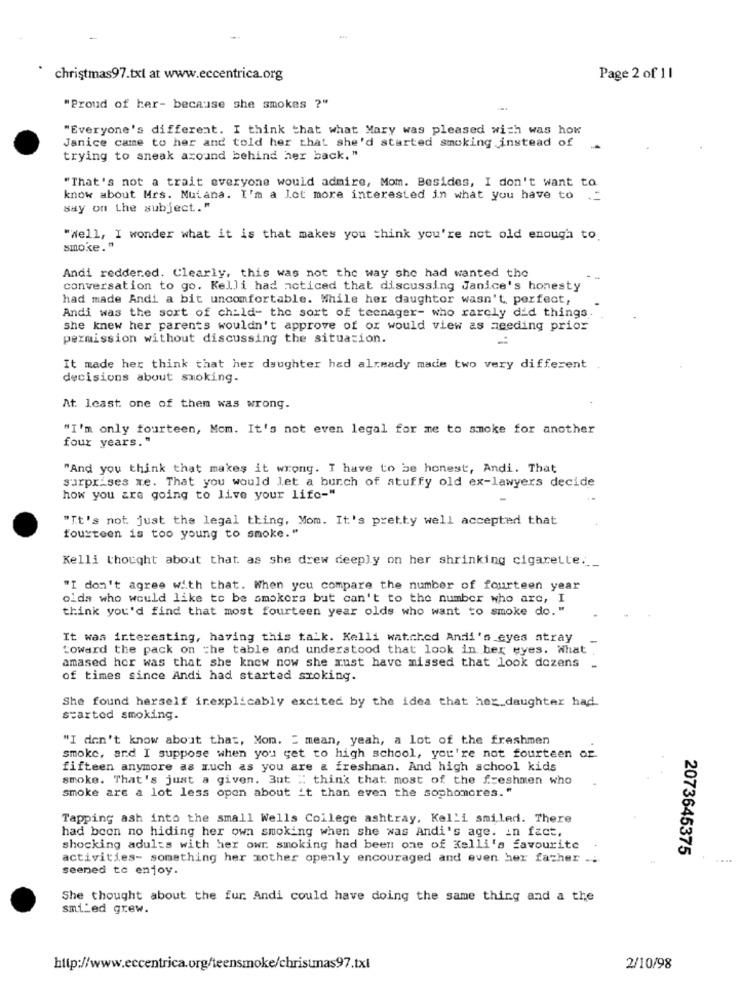
christmas97.txt at www.eccentrica.org
Page 2 of 11
"Proud of her- because she smokes ?"
"Everyone's different. I think that what Mary was pleased with was how
Janice came to her and told her that she'd started smoking instead of
trying to sneak around behind her back, "
"That's not a trait everyone would admire, Mom. Besides, I don't want to
know about Mrs. Mutana. I'm a Lot more interested in what you have to
.=
say on the subject."
"well, I wonder what it is that makes you think you're not old enough to.
smoke. "
Andi reddered. Clearly, this was not the way she had wanted the
conversation to go. Kelli had noticed that discussing Janice's honesty
had made Andi a bit uncomfortable. While her daughter wasn't perfect,
Andi was the sort of child- the sort of teenager- who rarely did things.
she knew her parents wouldn't approve of or would view as needing prios
permission without discussing the situation.
It made her think that her daughter had already made two very different .
decisions about smoking.
At. least one of them was wrong.
"I'm only fourteen, Mom. It's not even legal for me to smoke for another
four years. "
"And you think that makes it wrong. I have to be honest, Andi. That
surprises xe. That you would let a bunch of atuffy old ex-lawyers decide
how you are going to live your life-"
"It's not just the legal thing, Mom. It's pretty well accepted that
fourteen is too young to smoke."
Kelli thought about that as she drew deeply on her shrinking cigarette ..
"I don't agree with that. When you compare the number of fourteen year
olda who would like to be smokers but can't to the number who are, I
think you'd find that most fourteen year olds who want to smoke do."
It was interesting, having this talk. Kelli watched Andi's eyes atray
toward the pack on the table and understood that look in ber eyes. What
amased hor was that she knew now she must have missed that look dozens
of times since Andi had started stoking.
She found herself inexplicably excited by the idea that her daughter had.
started smoking.
"I don't know about that, Mon. " mean, yeah, a lot of the freshmen
smoke, and I suppose when you get to high school, you're not fourteen ar.
fifteen anymore as much as you are & freshman. And high school kids
smoke. That's just a given. 3ut ": think that. most of the freshmen who
smoke are a lot less open about it than even the sophomores."
Tapping ash into the small Wells College ashtray, Kel'i smiled. There
had been no hiding her own smoking when she was Andi's age. in fact.
shocking adults with her owr smoking had been one of Kelli's favourite
2073645375
activities- something her mother openly encouraged and even her father ..
seened to enjoy.
She thought about the fur. Andi could have doing the same thing and a the
smi_ed grew.
http://www.eccentrica.org/teensmoke/christmas97.txt
2/10/98